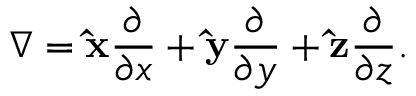
\nabla = \mathbf { \hat { x } } { \frac { \partial } { \partial x } } + \mathbf { \hat { y } } { \frac { \partial } { \partial y } } + \mathbf { \hat { z } } { \frac { \partial } { \partial z } } .